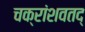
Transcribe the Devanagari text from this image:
चक्रांशवतद्